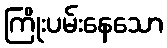
ကြိုးပမ်းနေသော